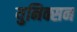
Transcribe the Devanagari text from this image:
युनिक्सन